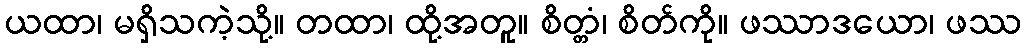
ယထာ၊ မရှိသကဲ့သို့။ တထာ၊ ထို့အတူ။ စိတ္တံ၊ စိတ်ကို။ ဖဿာဒယော၊ ဖဿ